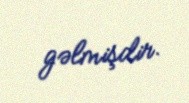
gəlmişdir.